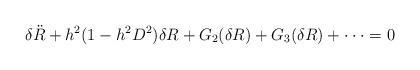
LaTeX: \begin{align*}\delta {\ddot R} + h^2(1-h^2D^2) \delta R + G_2(\delta R) + G_3(\delta R) + \cdot\cdot\cdot = 0\end{align*}